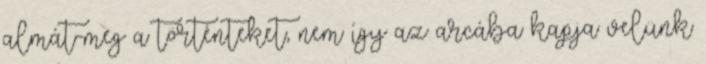
almát-meg a történteket, nem így az arcába kapja velünk